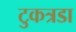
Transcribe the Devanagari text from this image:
टुकत्रडा